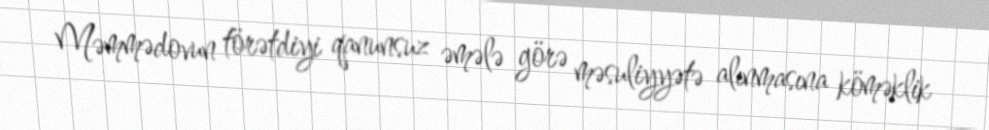
Məmmədovun törətdiyi qanunsuz əmələ görə məsuliyyətə alınmasına köməklik